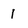
Character: 1